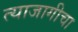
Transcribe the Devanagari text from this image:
त्याजागीचा